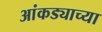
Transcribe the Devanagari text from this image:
आंकड्याच्या